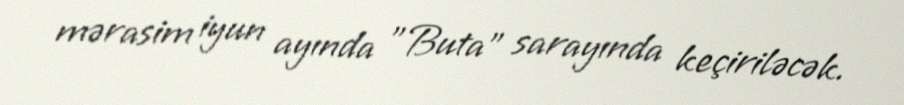
mərasim iyun ayında "Buta" sarayında keçiriləcək.